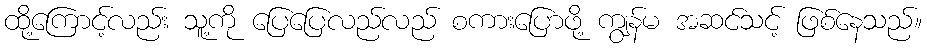
ထို့ကြောင့်လည်း သူ့ကို ပြေပြေလည်လည် စကားပြောဖို့ ကျွန်မ အဆင်သင့် ဖြစ်နေသည်။